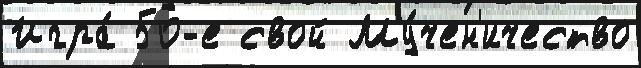
Игра́ 50-е свой Му́чен'ичество